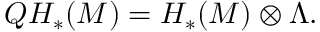
Q H _ { * } ( M ) = H _ { * } ( M ) \otimes \Lambda .